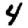
Digit: 4